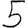
Digit: 5